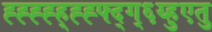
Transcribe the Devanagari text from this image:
ह्ह्ह्ह्ह्ह्ह्फ्द्ग्६य्हुएतु